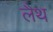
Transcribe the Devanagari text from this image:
लैथ